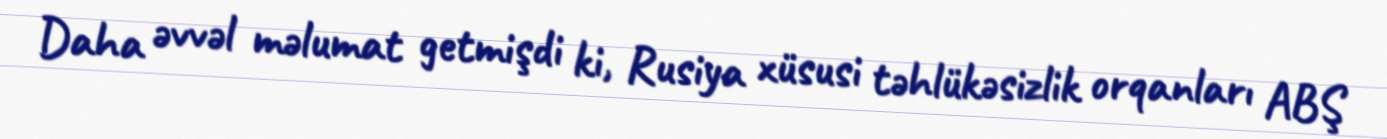
Daha əvvəl məlumat getmişdi ki, Rusiya xüsusi təhlükəsizlik orqanları ABŞ